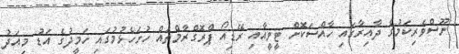
ނޫސްވެރިކަމުގެ ދާއިރާގައި ހާއްސަކޮށް ޓީވީއާއި ރޭޑިއޯ ޕްރޮގްރާމްތައް ހުށަހެޅުމުގައި ހަމީދުގެ އަޑު މިއަދު